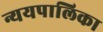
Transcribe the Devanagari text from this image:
न्ययपालिका